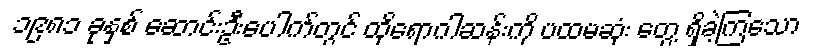
၁၉၈၁ ခုနှစ် ဆောင်းဦးပေါက်တွင် ထိုရောဂါဆန်းကို ပထမဆုံး တွေ့ ရှိခဲ့ကြသော